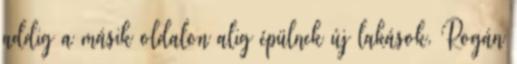
addig a másik oldalon alig épülnek új lakások. Rogán